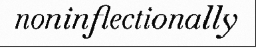
noninflectionally